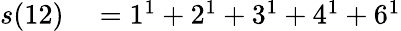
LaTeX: \begin{array}{rl}{s(12)}&{{}=1^{1}+2^{1}+3^{1}+4^{1}+6^{1}}\end{array}